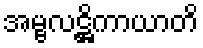
အမ္ဗလဋ္ဌိကာယာတိ